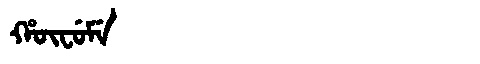
Manchu: ᡥᡡᠸᡠᠮᡝ
Romanization: HŪFUME